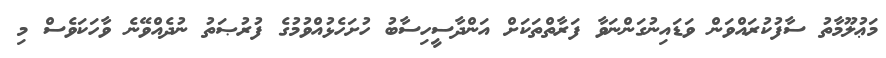
މަޢުލޫމާތު ސާފުކުރައްވަން ވަޑައިނުގަންނަވާ ފަރާތްތަކަށް އަންދާސީހިސާބު ހުށަހެޅުއްވުމުގެ ފުރުޞަތު ނުދެއްވޭނެ ވާހަކަވެސް މި